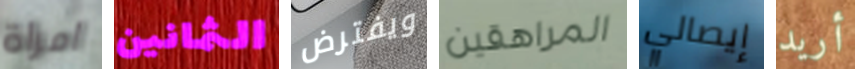
امراة الثمانين ويفترض المراهقين إيصالي أريد